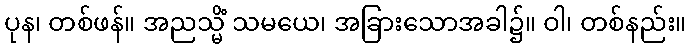
ပုန၊ တစ်ဖန်။ အညသ္မိံ သမယေ၊ အခြားသောအခါ၌။ ဝါ၊ တစ်နည်း။